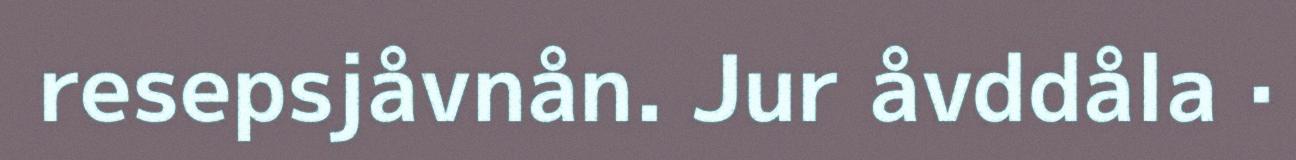
resepsjåvnån. Jur åvddåla ·